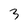
Character: 3